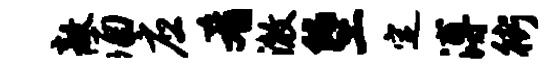
敖酒应肴澈堕定溥街